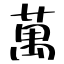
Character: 萬